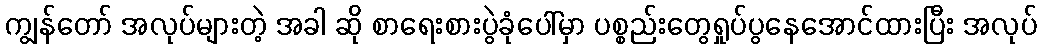
ကျွန်တော် အလုပ်များတဲ့ အခါ ဆို စာရေးစားပွဲခုံပေါ်မှာ ပစ္စည်းတွေရှုပ်ပွနေအောင်ထားပြီး အလုပ်